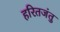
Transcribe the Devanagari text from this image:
हरितजंतु